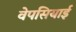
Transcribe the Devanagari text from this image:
वेपसियाई